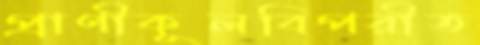
প্রাণীকূলবিপরীত